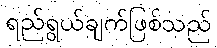
ရည်ရွယ်ချက်ဖြစ်သည်